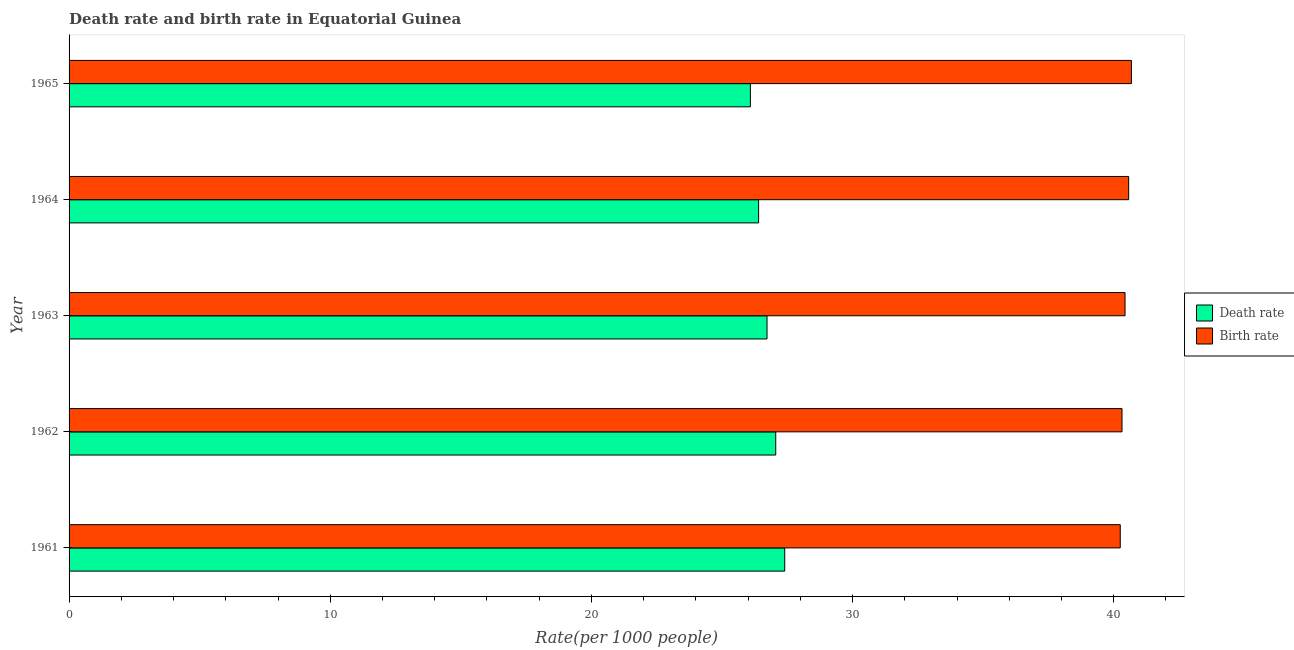
| Year | Death rate | Birth rate |
 | --- | --- | --- |
 | 1961 | 27.4 | 40.3 |
 | 1962 | 27.1 | 40.3 |
 | 1963 | 26.7 | 40.4 |
 | 1964 | 26.4 | 40.6 |
 | 1965 | 26.1 | 40.7 |